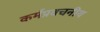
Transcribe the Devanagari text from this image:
कर्मप्रवचनीय